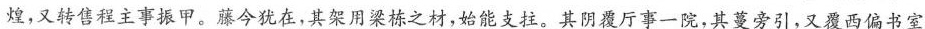
煌，又转售程主事振甲。藤今犹在，其架用梁栋之材，始能支拄。其阴覆厅事一院，其蔓旁引，又覆西偏书室